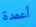
أعمدة